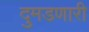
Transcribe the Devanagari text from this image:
दुमडणारी